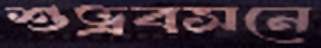
শুভ্রবসনে